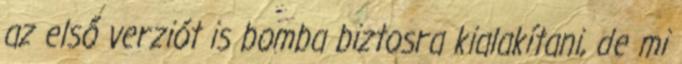
az első verziót is bomba biztosra kialakítani, de mi